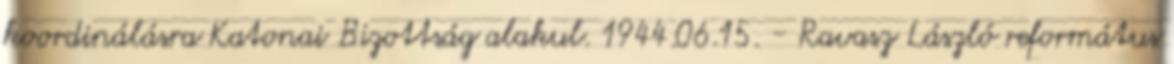
koordinálásra Katonai Bizottság alakul. 1944.06.15. - Ravasz László református